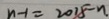
n - 1 = 2 0 1 5 - n